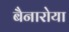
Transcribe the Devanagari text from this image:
बैनारोया